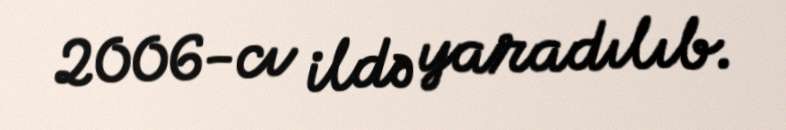
2006-cı ildə yaradılıb.